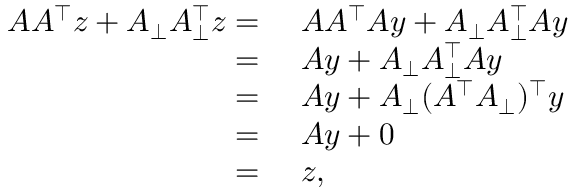
\begin{array} { r l } { A A ^ { \top } z + A _ { \perp } A _ { \perp } ^ { \top } z = } & { ~ A A ^ { \top } A y + A _ { \perp } A _ { \perp } ^ { \top } A y } \\ { = } & { ~ A y + A _ { \perp } A _ { \perp } ^ { \top } A y } \\ { = } & { ~ A y + A _ { \perp } ( A ^ { \top } A _ { \perp } ) ^ { \top } y } \\ { = } & { ~ A y + 0 } \\ { = } & { ~ z , } \end{array}